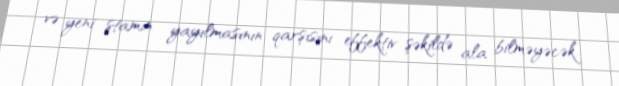
və yeni ştamın yayılmasının qarşısını effektiv şəkildə ala bilməyəcək.